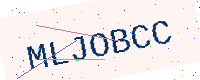
Text: MLJOBCC